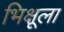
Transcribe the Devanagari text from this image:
भिक्षूला